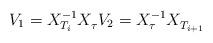
LaTeX: \begin{align*}V_1=X_{T_i}^{-1}X_\tau^{\vphantom{-1}}V_2=X_\tau^{-1}X_{T_{i+1}}^{\vphantom{-1}}\end{align*}